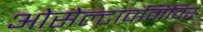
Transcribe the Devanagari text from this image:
ओसेल्टावमिविर